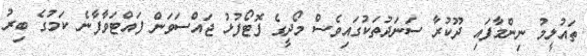
ތައުލީމު ނިންމާފައި ދޫކުރާ ސަނަދުތަކުގައިވެސް މޯދީގެ ފޮޓޯފުޅު ޖައްސަވަން ފައްޓަވާފާނެ ކަމުގެ ބިރު